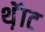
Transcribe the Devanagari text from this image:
थ़ॅाट